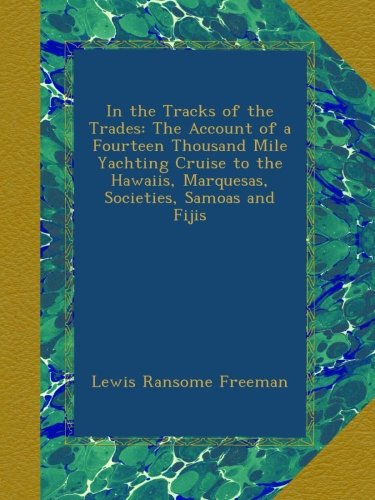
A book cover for In the Tracks of the Trades: The Account of a Fourteen Thousand Mile Yachting Cruise to the Hawaiis, Marquesas, Societies, Samoas and Fijis; Lewis Ransome Freeman; History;